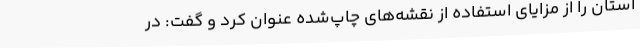
استان را از مزایای استفاده از نقشه‌های چاپ‌شده عنوان کرد و گفت: در